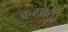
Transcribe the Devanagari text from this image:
कटवर्ती